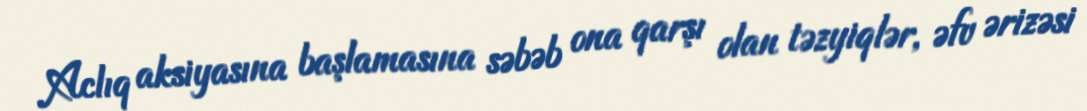
Aclıq aksiyasına başlamasına səbəb ona qarşı olan təzyiqlər, əfv ərizəsi